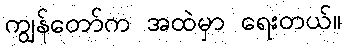
ကျွန်တော်က အထဲမှာ ရေးတယ်။